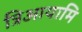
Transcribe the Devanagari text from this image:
त्रिआयामि